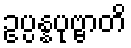
ဥပ္ပန္နပုဗ္ဗာတိ